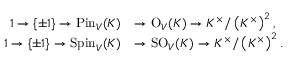
{ \begin{array} { r l } { 1 \to \{ \pm 1 \} \to { \mathrm { P i n } } _ { V } ( K ) } & { \to { \mathrm { O } } _ { V } ( K ) \to K ^ { \times } / \left( K ^ { \times } \right) ^ { 2 } , } \\ { 1 \to \{ \pm 1 \} \to { \mathrm { S p i n } } _ { V } ( K ) } & { \to { \mathrm { S O } } _ { V } ( K ) \to K ^ { \times } / \left( K ^ { \times } \right) ^ { 2 } . } \end{array} }